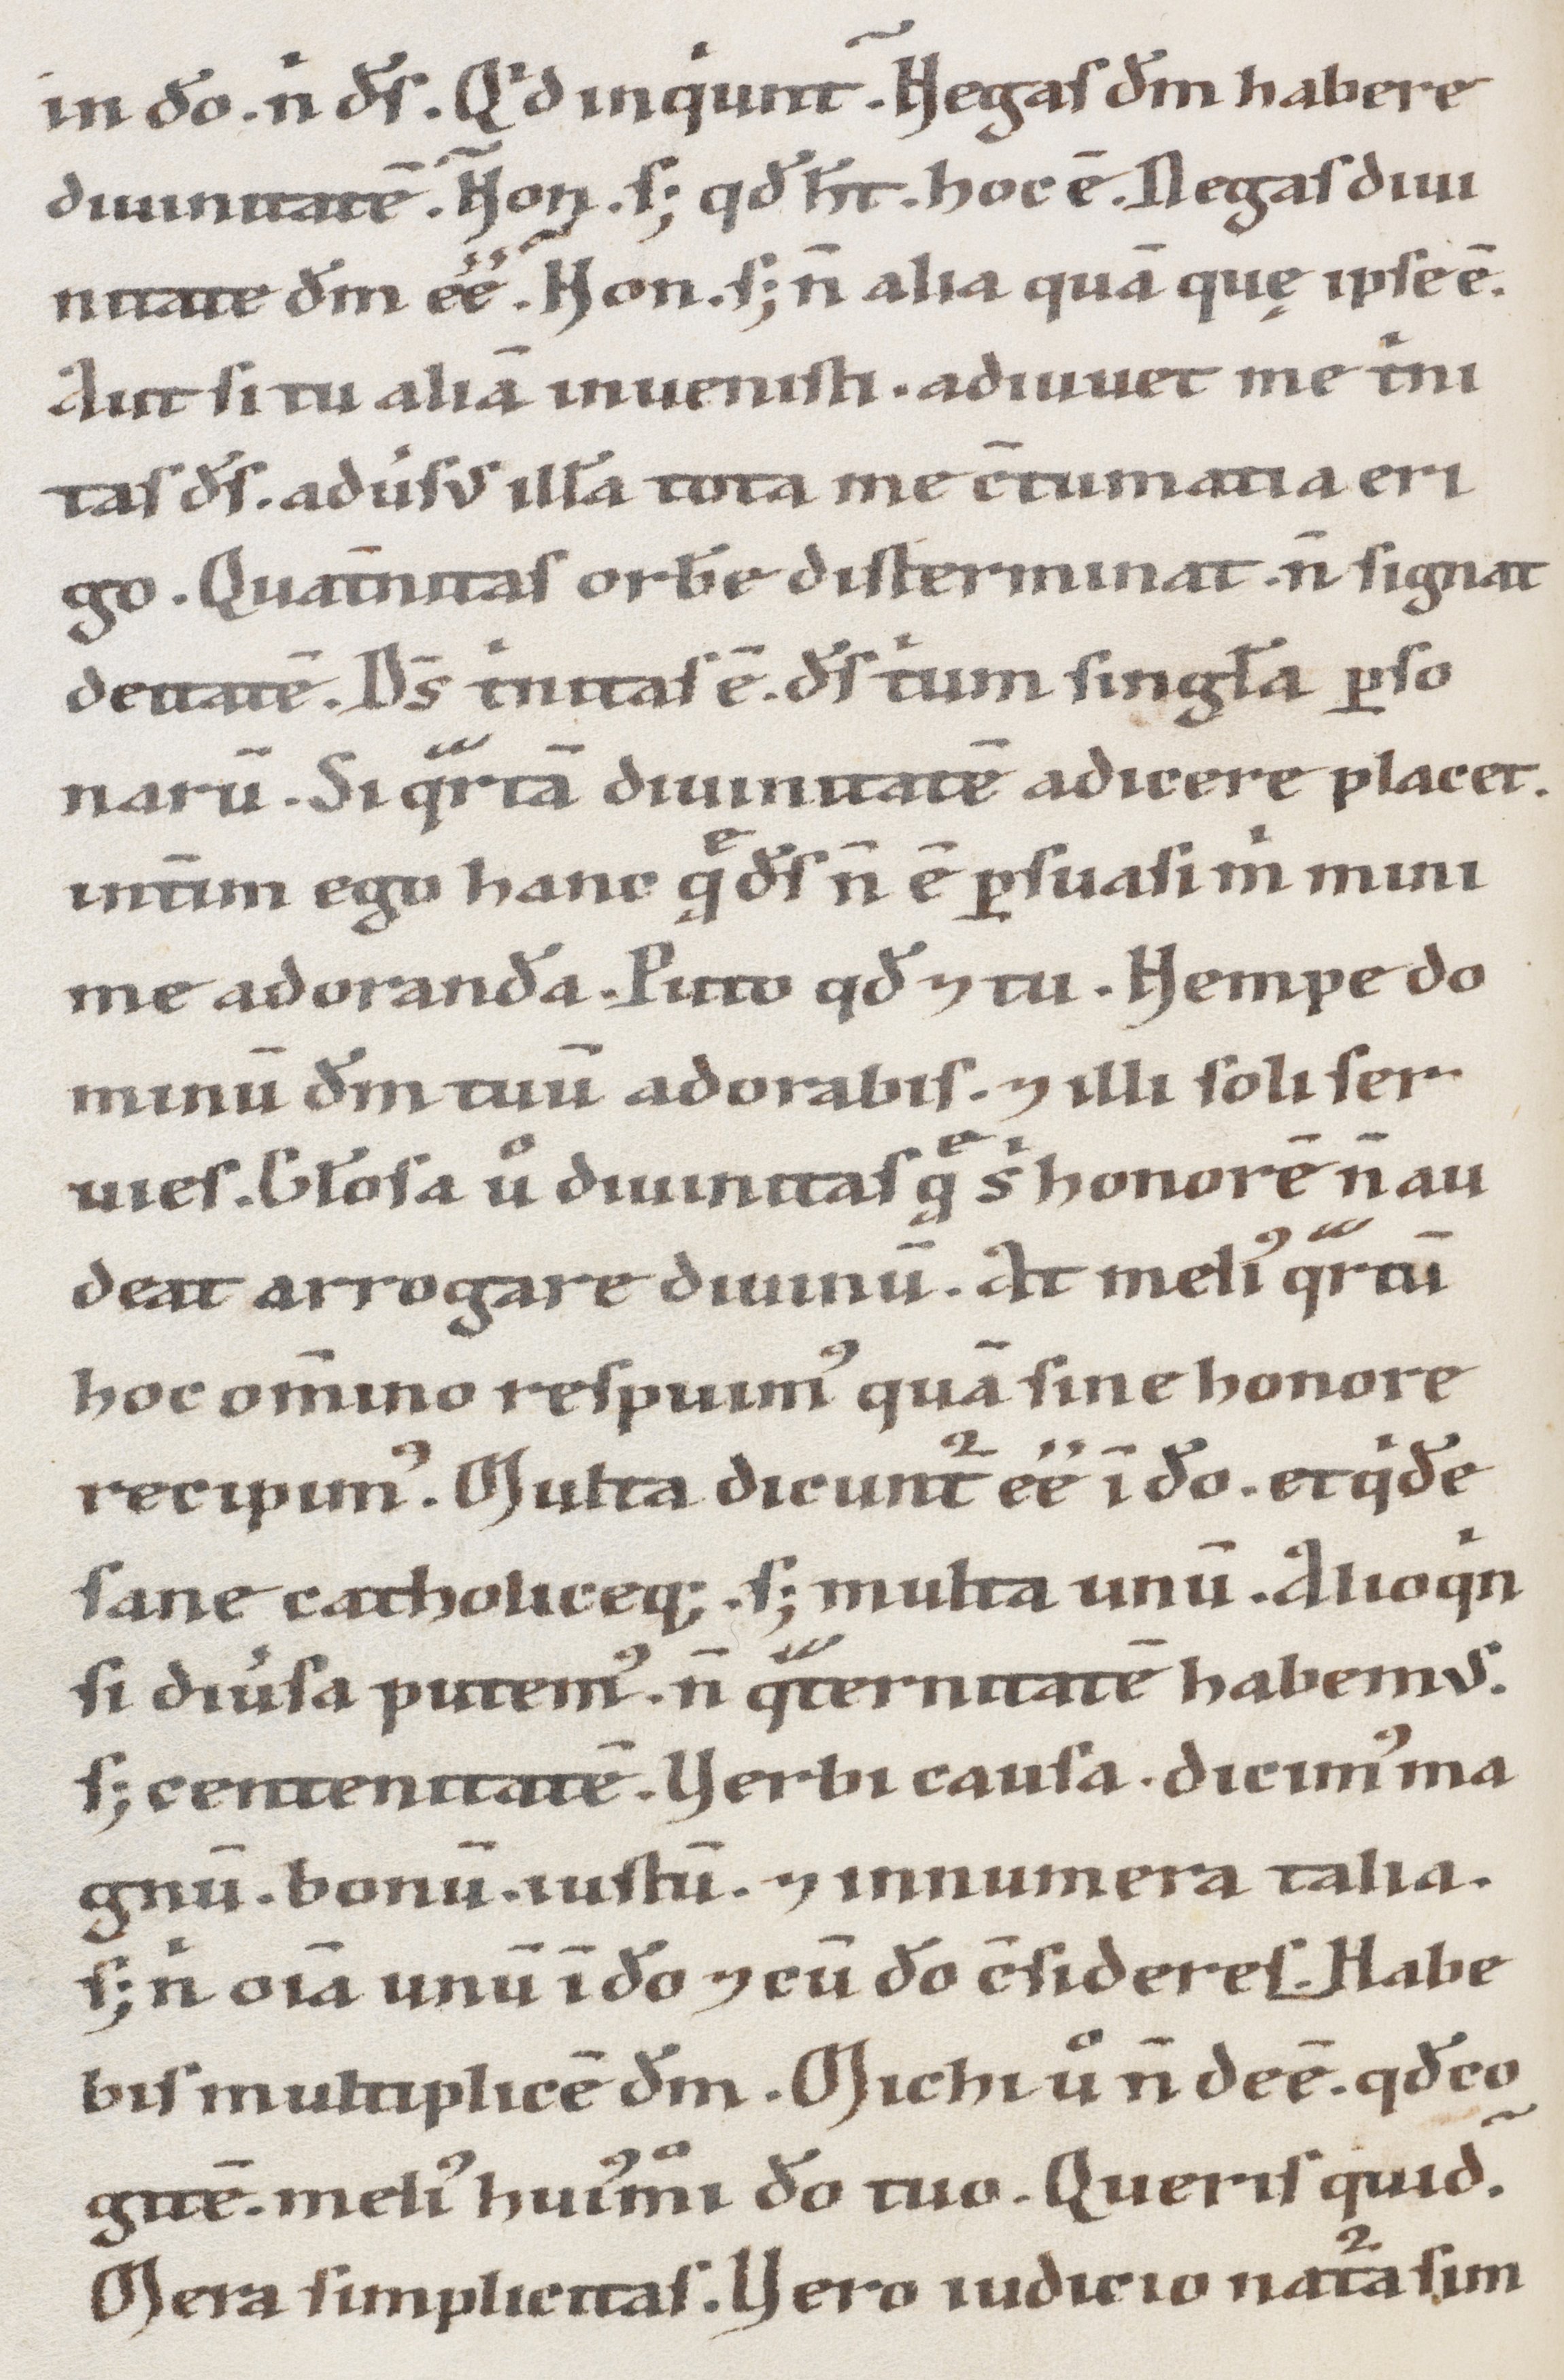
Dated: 1100–1199